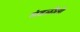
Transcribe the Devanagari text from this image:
मंडळीली